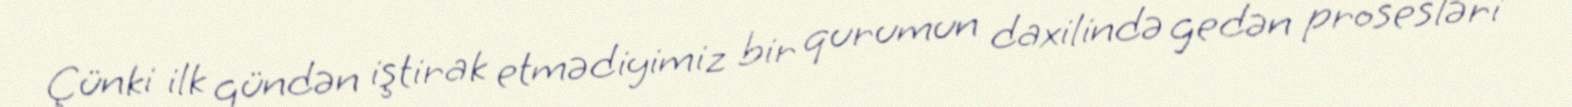
Çünki ilk gündən iştirak etmədiyimiz bir qurumun daxilində gedən prosesləri